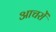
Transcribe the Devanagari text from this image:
आचरों